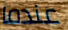
عندما